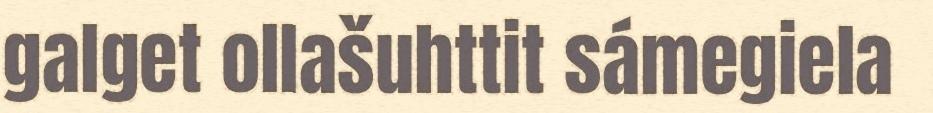
galget ollašuhttit sámegiela